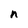
Character: n